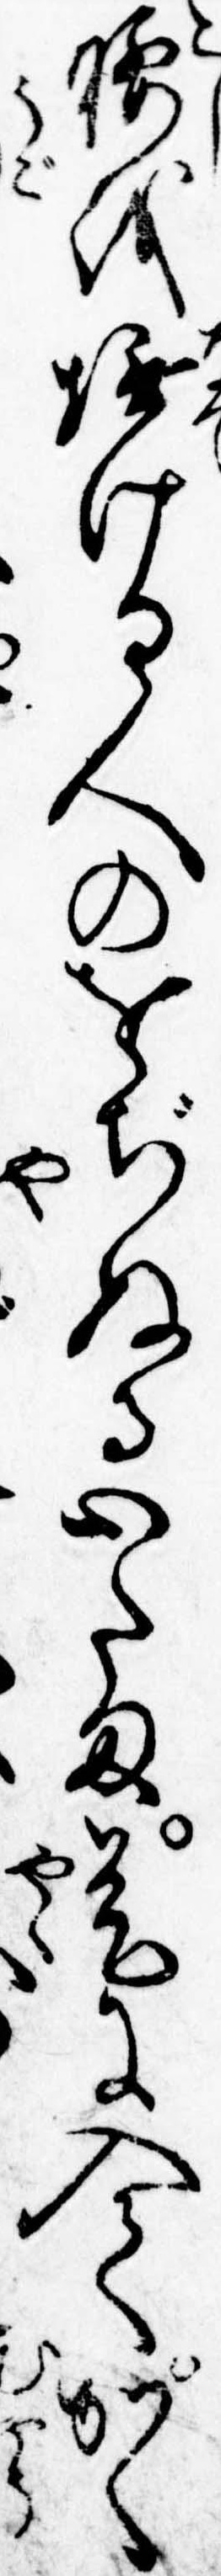
腰を撫ける人のをぢぬる心たま是に入てかく